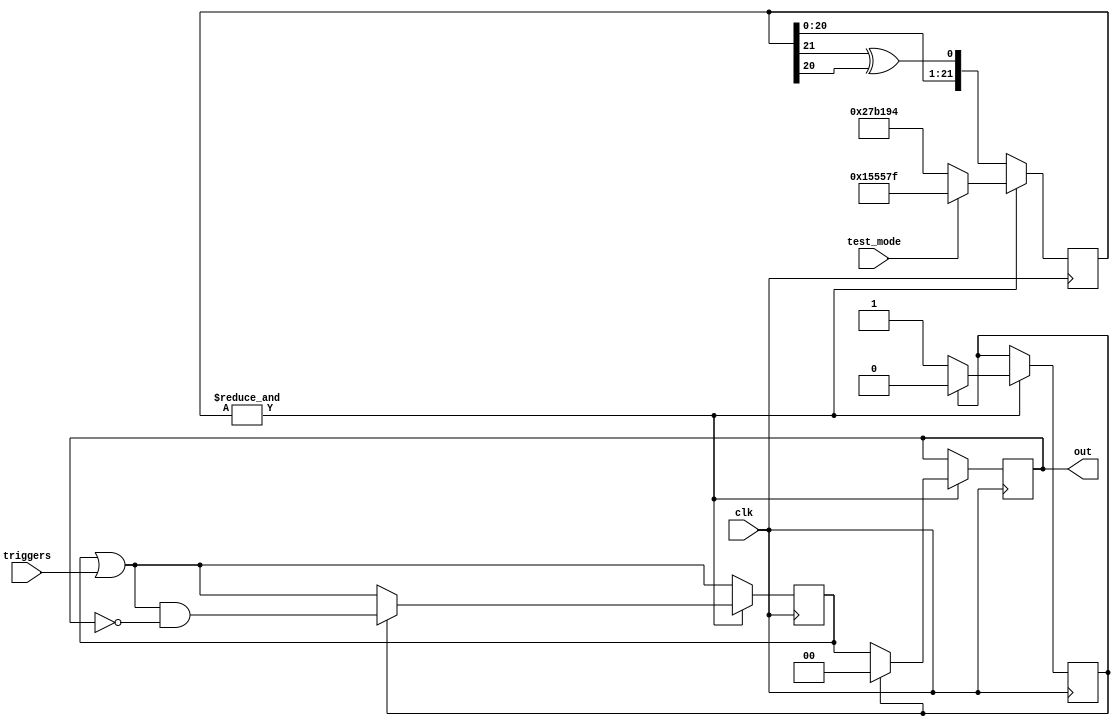
module led_blinker (
	input clk,
	input [LEDS - 1:0] triggers,
	output reg [LEDS - 1:0] out,

	input test_mode
);

	parameter LEDS		= 2;

	/*
	 * $ scripts/lfsr.py 0x300000 4166667 16
	 *
	 * 33.33 ms
	 */
	localparam TIMER_RESET		= 22'h27b194;
	/* 16 cycles */
	localparam TEST_TIMER_RESET	= 22'h15557f;

	reg active, active_next;
	reg [LEDS - 1:0] out_next, triggered, triggered_next;
	reg [21:0] lfsr, lfsr_next;

	initial begin
		active = 0;
		triggered = {LEDS{1'b0}};
		out = {LEDS{1'b0}};
		lfsr = TEST_TIMER_RESET;
	end

	always @(*) begin
		active_next = active;
		triggered_next = triggered | triggers;
		out_next = out;
		lfsr_next = { lfsr[20:0], lfsr[21] ^ lfsr[20] };
		if (&lfsr) begin
			if (active) begin
				active_next = 0;
				triggered_next = triggered_next & ~out;
				out_next = {LEDS{1'b0}};
			end else begin
				active_next = 1;
				out_next = triggered;
			end
			lfsr_next = test_mode ? TEST_TIMER_RESET : TIMER_RESET;
		end
	end

	always @(posedge clk) begin
		active <= active_next;
		triggered <= triggered_next;
		out <= out_next;
		lfsr <= lfsr_next;
	end

endmodule